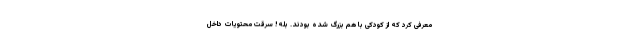
معرفی کرد که از کودکی با هم بزرگ شده بودند. بله! سرقت محتویات داخل